Leaving Certificate Examination, 1912
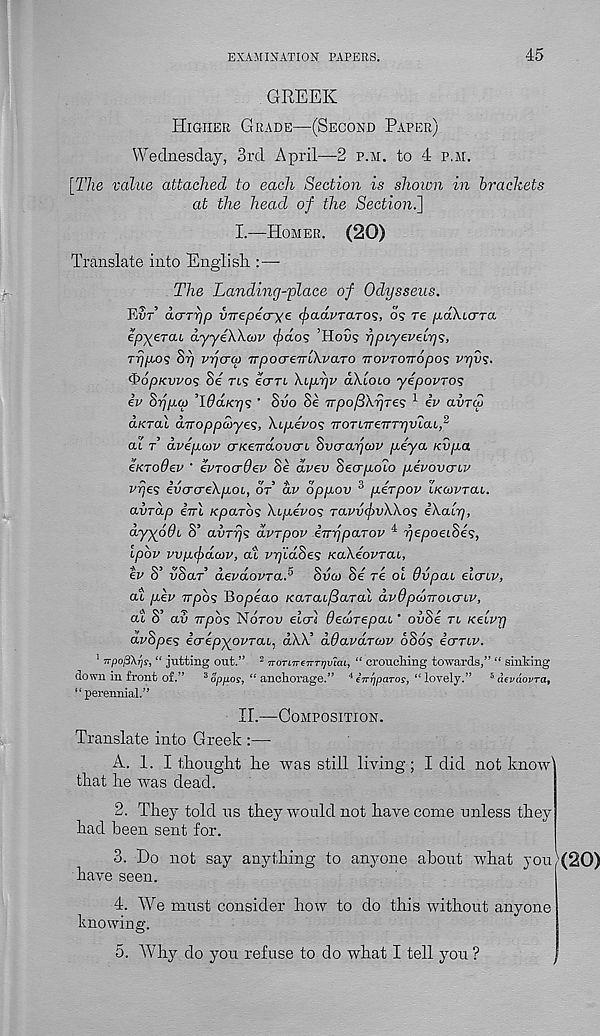
EXAMINATION PAPERS.
45
GREEK
Higher Grade—(Second Paper)
Wednesday, 3rd April—2 p.m. to 4 p.m.
[The value attached to each Section is shown in brackets
at the head of the Section.]
I.—Homer. (20)
Translate into English :—
The Landing-place of Odysseus.
Ear’ dcTTyp vnepeorye facivTaros, ds re yaXurra.
epyerai ayyiXXutv (fxios ’HoGs rjpLyeveLrjs,
Typos 8r] vycrcp TrpocreTrlXvaTO TtovTOTTopos vrjvs.
QopKvvos Se ns ecrTL Xiprjv aXloio yepovros
iv Sypco OdoLK'qs ‘ Svo Se TTpofiXrjTes 1 iv avTtZ
aKTal diroppayes, Xipevos TroTnreTTTrjVLai, 2
at t a.vep(ov o-KendovcrL Svcraycop peya Kvpa
eKTodev ‘ evrocrdev Se dvev Secrpolo pivovanv
vrjes evcrcreXpoL, or dv oppov 3 perpov ikcovtcu.
avrap 67rt Kpo.rbs Xipevos ro.vvfvXXos iXalr),
dy-yodt S’ avrrjs dvrpov iTryparov i rjepoeiSes,
Ipbv vvp<f>da)v, at rrjidSes xaXeovTai,
tv o voar aevaovra.
ovco be re ol uvpai eiaiv,
at pkv Trpbs Bopeao /carat^Sarat dvOpcoTroicnv,
at S’ av Trpbs Ndrou etcri decdrepai' ovSe rt Ke'ivrj
avSpes icrepyovTab, oXX’ ddavaTcov 686s iuTiv.
1 TrpoftXrjs, “ jutting out.” 2 TroTLTreTTTTjvicu, “ croucliing towards,” “ sinking
down in front of.” 3 op/ios-, “ anchorage.” 4 eV^paroj, “ lovely.” 6 aevdovra,
“ perennial.”
II.—Composition.
Translate into Greek :—-
A. 1. I tiro light he was still living; I did not know'
that he was dead.
2. They told ns they would not have come unless they
had been sent for.
3. Ho not say anything to anyone about what you)
have seen.
4. We must consider how to do this without anyone
knowing.
5. Why do you refuse to do what I tell you ?